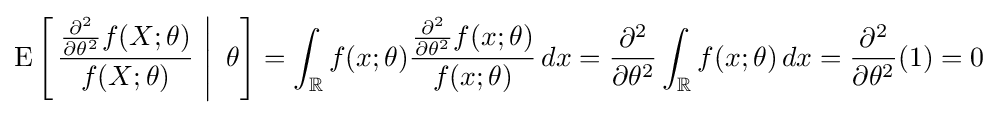
\operatorname {E} \left[\left.{\frac {{\frac {\partial ^{2}}{\partial \theta ^{2}}}f(X;\theta )}{f(X;\theta )}}\,\,\right|\,\,\theta \right]=\int _{\mathbb {R} }f(x;\theta ){\frac {{\frac {\partial ^{2}}{\partial \theta ^{2}}}f(x;\theta )}{f(x;\theta )}}\,dx={\frac {\partial ^{2}}{\partial \theta ^{2}}}\int _{\mathbb {R} }f(x;\theta )\,dx={\frac {\partial ^{2}}{\partial \theta ^{2}}}(1)=0